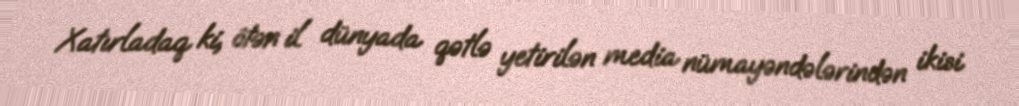
Xatırladaq ki, ötən il dünyada qətlə yetirilən media nümayəndələrindən ikisi